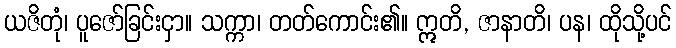
ယဇိတုံ၊ ပူဇော်ခြင်းငှာ။ သက္ကာ၊ တတ်ကောင်း၏။ ဣတိ, ဇာနာတိ၊ ပန၊ ထိုသို့ပင်